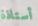
أستاذة